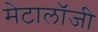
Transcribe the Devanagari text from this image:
मेटालॉजी